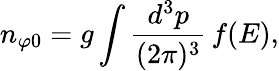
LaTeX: n_{\varphi 0}=g\int{\frac{d^{3}p}{(2\pi)^{3}}}\, f(E),